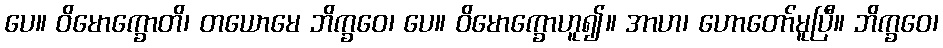
ပေ။ ဝိမောက္ခောတိ၊ တယောမေ ဘိက္ခဝေ၊ ပေ။ ဝိမောက္ခောဟူ၍။ အာဟ၊ ဟောတော်မူပြီ။ ဘိက္ခဝေ၊